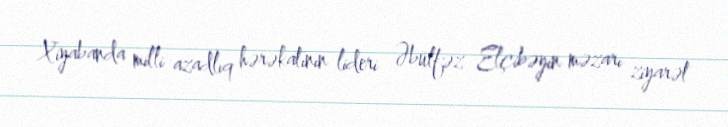
Xiyabanda milli azadlıq hərəkatının lideri Əbülfəz Elçibəyin məzarı ziyarət